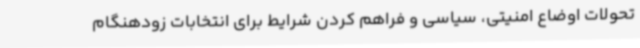
تحولات اوضاع امنیتی، سیاسی و فراهم کردن شرایط برای انتخابات زودهنگام